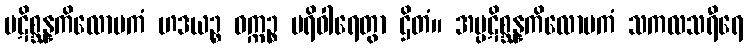
ပဋိစ္ဆန္နကိလောမကံ ဟဒယဉ္စ ဝက္ကဉ္စ ပရိဝါရေတွာ ဌိတံ။ အပ္ပဋိစ္ဆန္နကိလောမကံ သကလသရီရေ